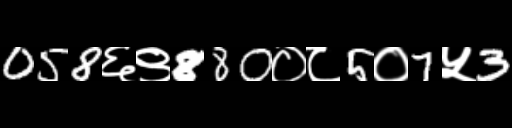
Text: 058६९880०८5०7५3